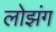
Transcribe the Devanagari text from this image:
लोझंग